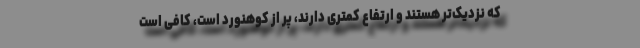
که نزدیک‌تر هستند و ارتفاع کمتری دارند، پر از کوهنورد است، کافی است